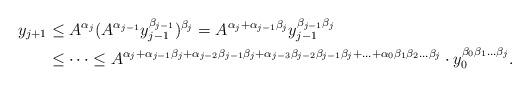
LaTeX: \begin{align*} y_{j+1}&\le A^{\alpha_j} (A^{\alpha_{j-1}} y_{j-1}^{\beta_{j-1}})^{\beta_j}=A^{\alpha_j+\alpha_{j-1}\beta_j}y_{j-1}^{\beta_{j-1} \beta_j}\\&\le \dots\le A^{\alpha_j+\alpha_{j-1}\beta_j + \alpha_{j-2}\beta_{j-1}\beta_j +\alpha_{j-3}\beta_{j-2}\beta_{j-1}\beta_j +\ldots+\alpha_0\beta_1\beta_2\ldots\beta_j }\cdot y_0^{\beta_0\beta_1\ldots\beta_j}.\end{align*}